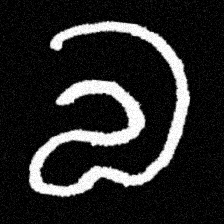
Pyu character \u2014 Myanmar letter: လ (romanized: la)